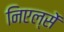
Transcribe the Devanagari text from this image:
निएल्सें